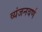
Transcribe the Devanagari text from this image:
व्यंजनवर्ण